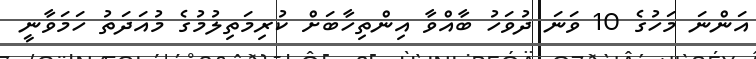
އަންނަ މަހުގެ 10 ވަނަ ދުވަހު ބާއްވާ އިންތިހާބަށް ކުރިމަތިލުމުގެ މުއަދަތު ހަމަވާނީ